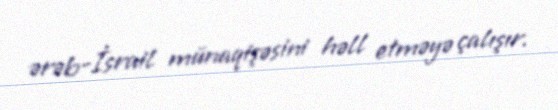
ərəb-İsrail münaqişəsini həll etməyə çalışır.